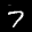
Label: 7